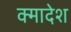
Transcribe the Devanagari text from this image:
क्मादेश